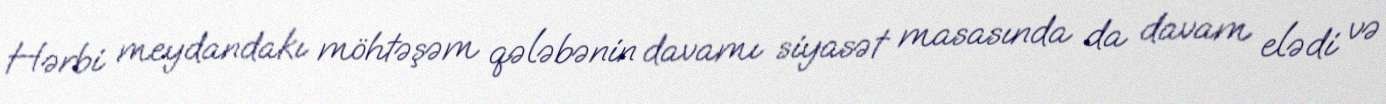
Hərbi meydandakı möhtəşəm qələbənin davamı siyasət masasında da davam elədi və